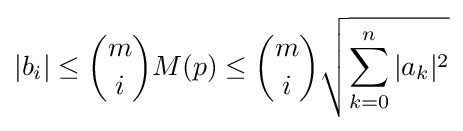
|b_{i}|\leq {\binom {m}{i}}M(p)\leq {\binom {m}{i}}{\sqrt {\sum _{k=0}^{n}|a_{k}|^{2}}}